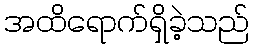
အထိရောက်ရှိခဲ့သည်